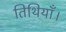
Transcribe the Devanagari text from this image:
तिथियाँ।